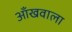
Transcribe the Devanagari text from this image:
आँखवाला